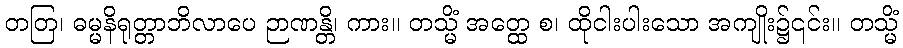
တတြ၊ ဓမ္မနိရုတ္တာဘိလာပေ ဉာဏန္တိ၊ ကား။ တသ္မိံ အတ္ထေ စ၊ ထိုငါးပါးသော အကျိုး၌၎င်း။ တသ္မိံ